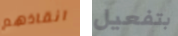
انقاذهم بتفعيل